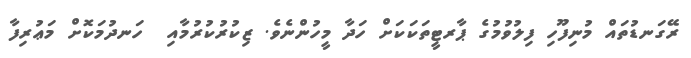
ރޭގަނޑުތައް މުނިފޫހި ފިލުވުމުގެ ޕާރޓީތަކަކަށް ހަދާ މީހުންނެވެ. ޒިކުރުކުރުމާއި  ހަނދުމަކޮށް މަޢުރިފާ